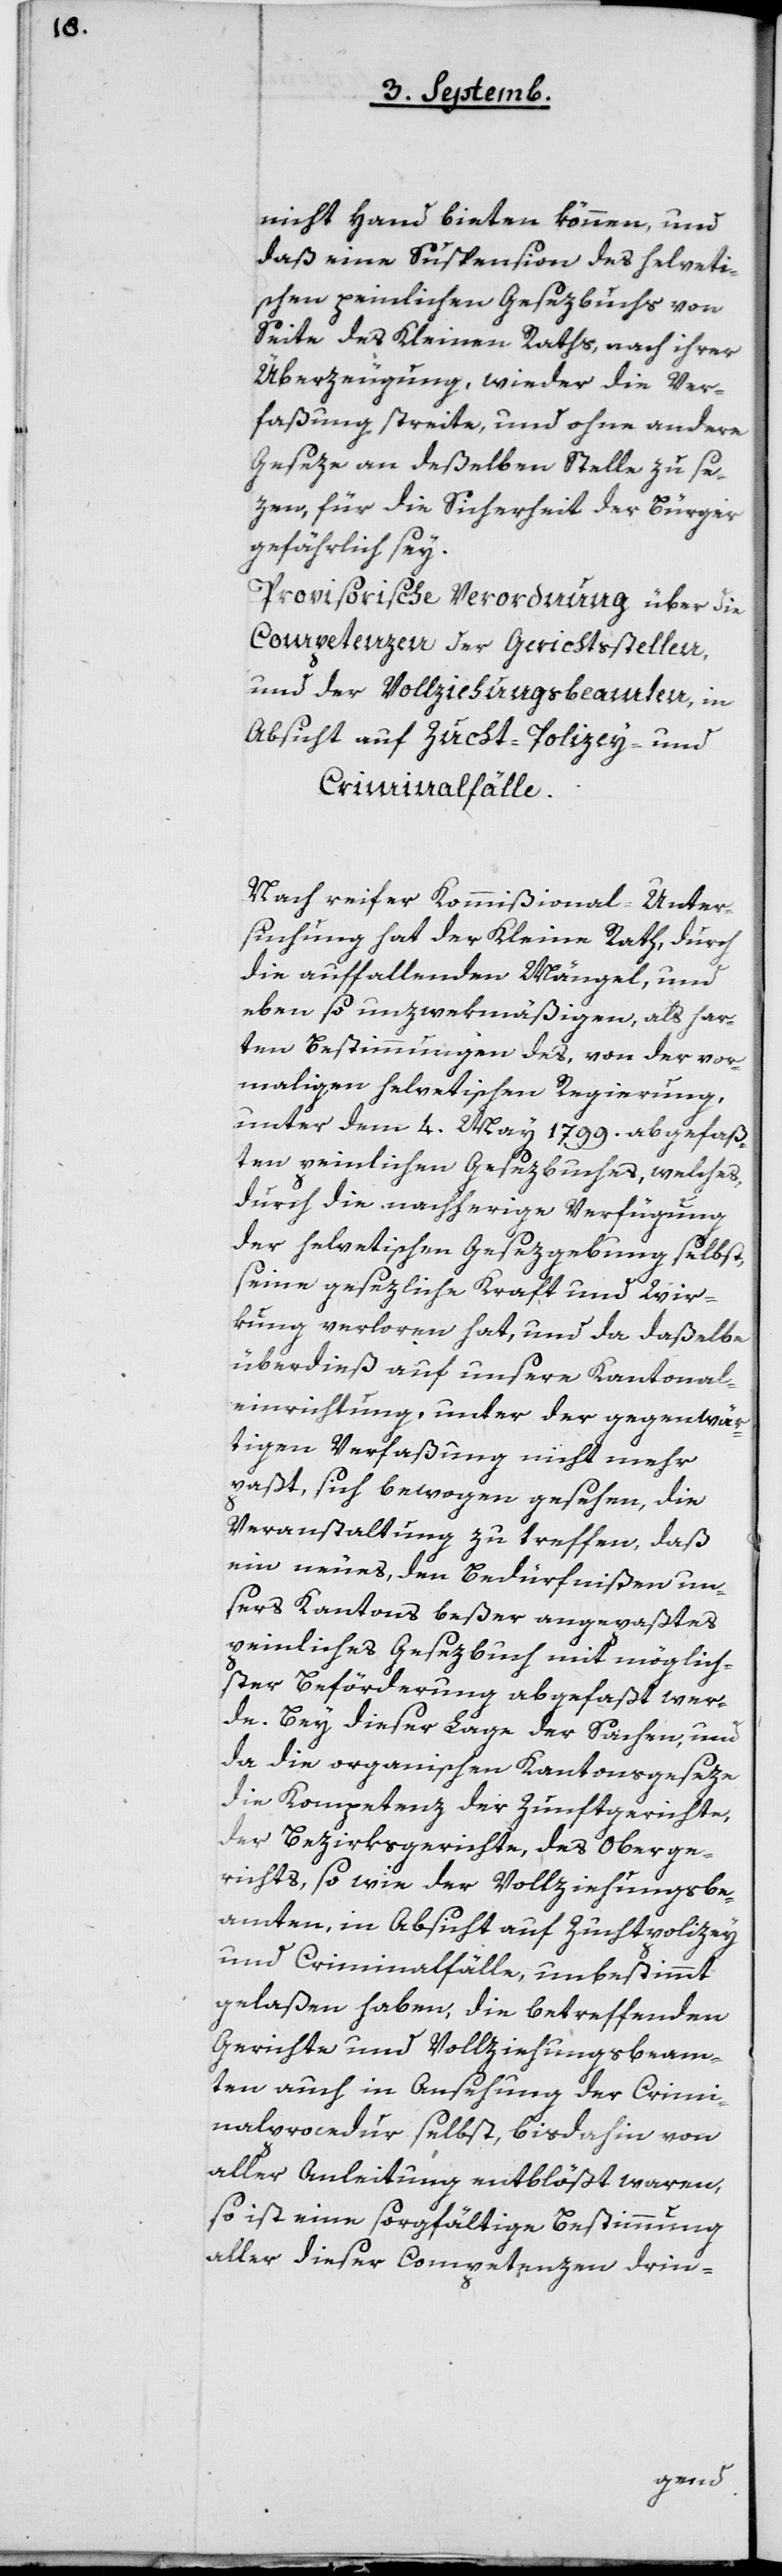
nicht Hand bieten können, und
daß eine Suspension des helveti¬
schen peinlichen Gesezbuchs von
Seite des Kleinen Raths nach ihrer
Überzeugung, wieder die Ver¬
faßung streite, und ohne andere
Geseze an deßelben Stelle zu se¬
zen, für die Sicherheit der Bürger
gefährlich sey.
Provisorische Verordnung über die
Competenzen der Gerichtsstellen
und der Vollziehungsbeamten, in
Absicht auf Zucht-Polizeiy- und
Criminalfälle.
Nach reifer Kommißional Unter¬
suchung hat der Kleine Rath durch
die auffallenden Mängel, und
eben so unzweckmäßigen, als har¬
ten Bestimmungen des, von der vor¬
maligen helvetischen Regierung,
unter dem 4. May 1799 abgefaß¬
ten peinlichen Gesezbuches, welches
durch die nachherige Verfügung
der helvetischen Gesezgebung selbst,
seine gesezliche Kraft und Wir¬
kung verloren hat, und da daßelbe
überdieß auf unsere Kantonal¬
einrichtung, unter der gegenwär¬
tigen Verfaßung nicht mehr
paßt, sich bewogen gesehen, die
Veranstaltung zu treffen, daß
ein neues, den Bedürfnißen un¬
sers Kantons beßer angepaßtes
peinliches Gesezbuch mit möglich¬
ster Beförderung abgefaßt wer¬
de. Bey dieser Lage der Sachen, und
da die organischen Kantonsgeseze
die Kompetenz der Zunftgerichte,
der Bezirksgerichte, des Oberge¬
richts, so wie der Vollziehungsbe¬
amten, in Absicht auf Zuchtpolizey-
und Criminalfälle, unbestimmt
gelaßen haben, die betreffenden
Gerichte und Vollziehungsbeam¬
ten auch in Ansehung der Crimi¬
nalprocedur selbst, bis dahin von
aller Anleitung entblösst waren,
so ist eine sorgfältige Bestimmung
aller dieser Competenzen drin-